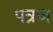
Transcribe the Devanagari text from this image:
पत्रज